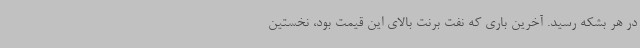
در هر بشکه رسید. آخرین باری که نفت برنت بالای این قیمت بود، نخستین